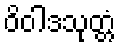
ဝိဝါဒသုတ္တံ